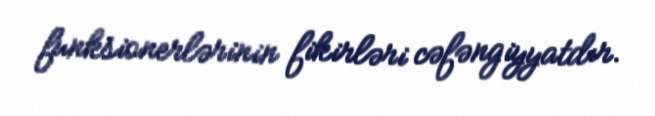
funksionerlərinin fikirləri cəfəngiyyatdır.